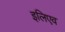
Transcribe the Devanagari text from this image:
इलिएव